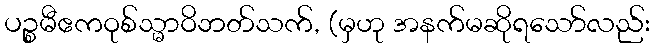
ပဉ္စမီဧကဝုစ်သ္မာဝိဘတ်သက်, (မှဟု အနက်မဆိုရသော်လည်း